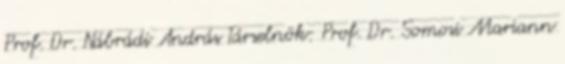
Prof. Dr. Nábrádi András Társelnök: Prof. Dr. Somosi Mariann